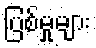
ပြစ်မှုများ